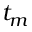
t _ { m }